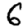
Digit: 6